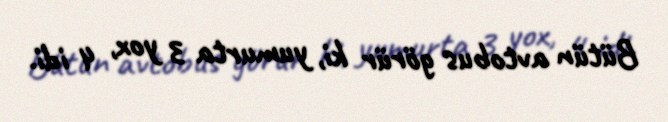
Bütün avtobus görür ki, yumurta 3 yox, 4 idi.